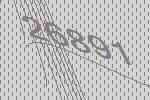
26891